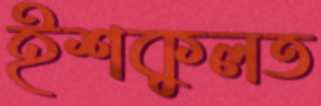
ইশকুলত